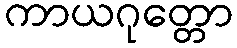
ကာယဂုတ္တော